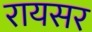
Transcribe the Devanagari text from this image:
रायसर